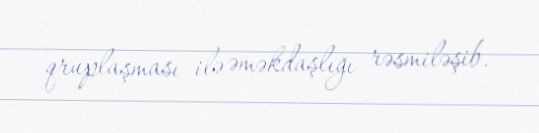
qruplaşması ilə əməkdaşlığı rəsmiləşib.